Report of the Indian Hemp Drugs Commission, 1894-1895 - Volume IV
Year: 1894
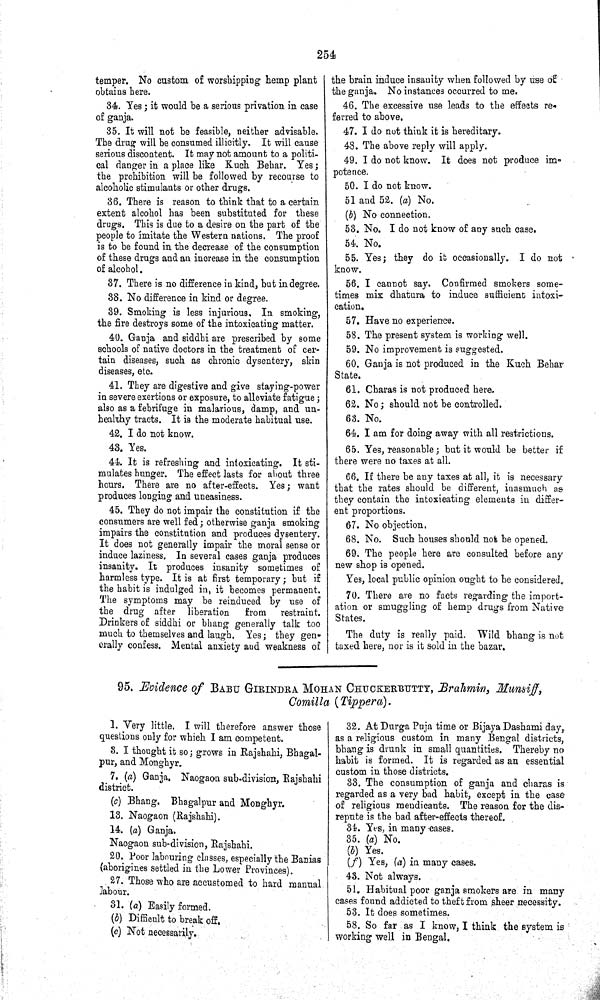
254
temper. No custom of worshipping hemp plant
obtains here.
34. Yes; it would be a serious privation in case
of ganja.
35. It will not be feasible, neither advisable.
The drug will be consumed illicitly. It will cause
serious discontent. It may not amount to a politi-
cal danger in a place like Kuch Behar. Yes;
the prohibition will be followed by recourse to
alcoholic stimulants or other drugs.
36. There is reason to think that to a certain
extent alcohol has been substituted for these
drugs. This is due to a desire on the part of the
people to imitate the Western nations. The proof
is to be found in the decrease of the consumption
of these drugs and an increase in the consumption
of alcohol.
37. There is no difference in kind, but in degree.
38. No difference in kind or degree.
39. Smoking is less injurious. In smoking,
the fire destroys some of the intoxicating matter.
40. Ganja and siddhi are prescribed by some
schools of native doctors in the treatment of cer-
tain diseases, such as chronic dysentery, skin
diseases, etc.
41. They are digestive and give staying-power
in severe exertions or exposure, to alleviate fatigue;
also as a febrifuge in malarious, damp, and un-
healthy tracts. It is the moderate habitual use.
42. I do not know.
43. Yes.
44. It is refreshing and intoxicating. It sti-
mulates hunger. The effect lasts for about three
hours. There are no after-effects. Yes; want
produces longing and uneasiness.
45. They do not impair the constitution if the
consumers are well fed; otherwise ganja smoking
impairs the constitution and produces dysentery.
It does not generally impair the moral sense or
induce laziness. In several cases ganja produces
insanity. It produces insanity sometimes of
harmless type. It is at first temporary; but if
the habit is indulged in, it becomes permanent.
The symptoms may be reinduced by use of
the drug after liberation
from
restraint.
Drinkers of siddhi or bhang generally talk too
much to themselves and laugh. Yes; they gen-
erally confess. Mental anxiety and weakness of
the brain induce insanity when followed by use of
the ganja. No instances occurred to me.
46. The excessive use leads to the effects re-
ferred to above.
47. I do not think it is hereditary.
48. The above reply will apply.
49. I do not know. It does not produce im-
potence.
50. I do not know.
51 and 52. (a) No.
(b) No connection.
53. No. I do not know of any such case.
54. No.
55. Yes; they do it occasionally. I do not
know.
56. I cannot say. Confirmed smokers some-
times mix dhatura to induce sufficient intoxi-
cation.
57. Have no experience.
58. The present system is working well.
59. No improvement is suggested.
60. Ganja is not produced in the Kuch Behar
State.
61. Charas is not produced here.
62. No; should not be controlled.
63. No.
64. I am for doing away with all restrictions.
65. Yes, reasonable; but it would be better if
there were no taxes at all.
66. If there be any taxes at all, it is necessary
that the rates should be different, inasmuch as
they contain the intoxicating elements in differ-
ent proportions.
67. No objection.
68. No. Such houses should not be opened.
69. The people here are consulted before any
new shop is opened.
Yes, local public opinion ought to be considered.
70. There are no facts regarding the import-
ation or smuggling of hemp drugs from Native
States.
The duty is really paid. Wild bhang is not
taxed here, nor is it sold in the bazar.
95. Evidence of BABU GIRINDRA MOHAN CHUCKERBUTTY, Brahmin, Munsiff,
Comilla (Tippera).
1. Very little, I will therefore answer those
questions only for which I am competent.
3. I thought it so; grows in Rajshahi, Bhagal-
pur, and Monghyr.
7. (a) Ganja. Naogaon sub-division, Rajshahi
district.
(c) Bhang. Bhagalpur and Monghyr.
13. Naogaon (Rajshahi).
14. (a) Ganja.
Naogaon sub-division, Rajshahi.
20. Poor labouring classes, especially the Banias
(aborigines settled in the Lower Provinces).
27. Those who are accustomed to hard manual
labour.
31. (a) Easily formed.
(b) Difficult to break off.
(c) Not necessarily.
32. At Durga Puja time or Bijaya Dashami day,
as a religious custom in many Bengal districts,
bhang is drunk in small quantities. Thereby no
habit is formed. It is regarded as an essential
custom in those districts.
33. The consumption of ganja and charas is
regarded as a very bad habit, except in the case
of religious mendicants. The reason for the dis-
repute is the bad after-effects thereof.
34. Yes, in many cases.
35. (a) No.
(b) Yes.
(f) Yes, (a) in many cases.
43. Not always.
51. Habitual poor ganja smokers are in many
cases found addicted to theft from sheer necessity.
53. It does sometimes.
58. So far as I know, I think the system is
working well in Bengal.